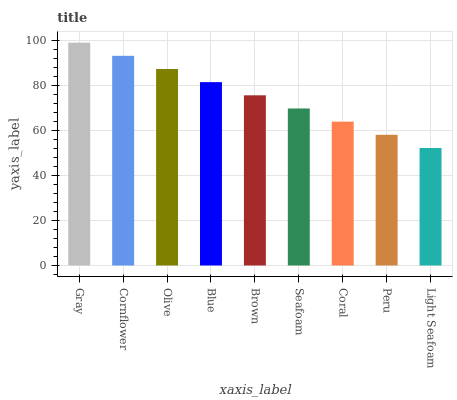
| xaxis_label | bars |
 | --- | --- |
 | Gray | 99 |
 | Cornflower | 93.2 |
 | Olive | 87.3 |
 | Blue | 81.5 |
 | Brown | 75.6 |
 | Seafoam | 69.8 |
 | Coral | 63.9 |
 | Peru | 58.1 |
 | Light Seafoam | 52.2 |